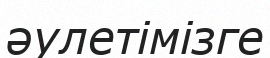
әулетімізге